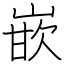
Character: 嵌